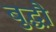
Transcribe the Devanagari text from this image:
बुद्धौ